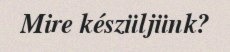
Mire készüljünk?